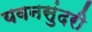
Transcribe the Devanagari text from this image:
यवनसुंदरी